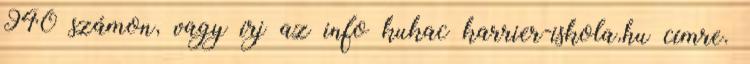
940 számon, vagy írj az info kukac karrier-iskola.hu címre.